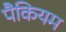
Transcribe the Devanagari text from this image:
पैकियम